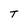
Character: T